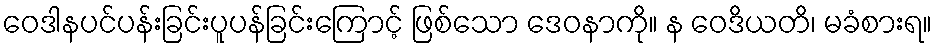
ဝေဒါနပင်ပန်းခြင်းပူပန်ခြင်းကြောင့် ဖြစ်သော ဒေဝနာကို။ န ဝေဒိယတိ၊ မခံစားရ။